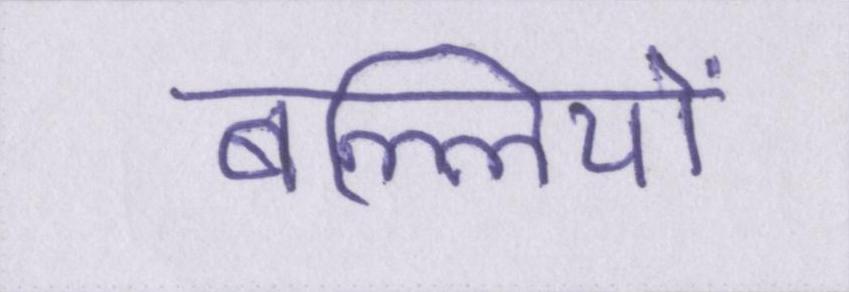
बल्लियों